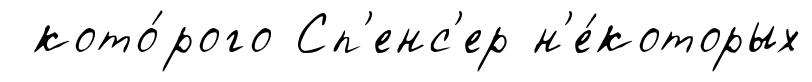
кото́рого Сп'енс'ер н'е́которых